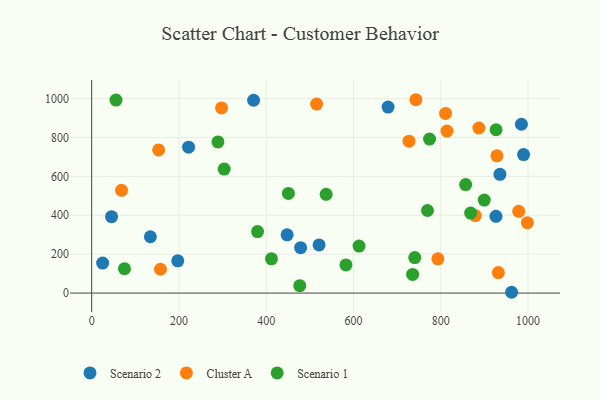
{"axis": {"x": "Investment", "y": "Profit"}, "legend": ["Cluster A", "Scenario 1", "Scenario 2"], "data": [{"x": "962.4", "y": 4.1, "type": "Scenario 2"}, {"x": "984.9", "y": 868.1, "type": "Scenario 2"}, {"x": "197.3", "y": 165.6, "type": "Scenario 2"}, {"x": "989.9", "y": 712.2, "type": "Scenario 2"}, {"x": "134.5", "y": 289.5, "type": "Scenario 2"}, {"x": "45.6", "y": 392.6, "type": "Scenario 2"}, {"x": "25.1", "y": 154.2, "type": "Scenario 2"}, {"x": "935.7", "y": 610.6, "type": "Scenario 2"}, {"x": "371.1", "y": 991.6, "type": "Scenario 2"}, {"x": "448.0", "y": 299.5, "type": "Scenario 2"}, {"x": "679.3", "y": 956.4, "type": "Scenario 2"}, {"x": "222.1", "y": 750.3, "type": "Scenario 2"}, {"x": "521.2", "y": 247.7, "type": "Scenario 2"}, {"x": "926.6", "y": 394.6, "type": "Scenario 2"}, {"x": "478.9", "y": 233.5, "type": "Scenario 2"}, {"x": "811.1", "y": 923.6, "type": "Cluster A"}, {"x": "928.8", "y": 705.7, "type": "Cluster A"}, {"x": "932.1", "y": 105.4, "type": "Cluster A"}, {"x": "887.5", "y": 848.8, "type": "Cluster A"}, {"x": "153.5", "y": 736.2, "type": "Cluster A"}, {"x": "297.7", "y": 951.8, "type": "Cluster A"}, {"x": "978.8", "y": 420.5, "type": "Cluster A"}, {"x": "515.5", "y": 971.8, "type": "Cluster A"}, {"x": "743.1", "y": 994.2, "type": "Cluster A"}, {"x": "879.2", "y": 398.7, "type": "Cluster A"}, {"x": "727.2", "y": 781.3, "type": "Cluster A"}, {"x": "998.6", "y": 362.1, "type": "Cluster A"}, {"x": "814.3", "y": 833.0, "type": "Cluster A"}, {"x": "68.4", "y": 528.3, "type": "Cluster A"}, {"x": "793.5", "y": 176.3, "type": "Cluster A"}, {"x": "157.6", "y": 122.4, "type": "Cluster A"}, {"x": "55.7", "y": 992.2, "type": "Scenario 1"}, {"x": "450.9", "y": 512.2, "type": "Scenario 1"}, {"x": "740.5", "y": 182.7, "type": "Scenario 1"}, {"x": "582.8", "y": 144.8, "type": "Scenario 1"}, {"x": "899.8", "y": 478.0, "type": "Scenario 1"}, {"x": "769.7", "y": 424.6, "type": "Scenario 1"}, {"x": "380.2", "y": 316.2, "type": "Scenario 1"}, {"x": "926.8", "y": 839.8, "type": "Scenario 1"}, {"x": "774.4", "y": 792.0, "type": "Scenario 1"}, {"x": "303.7", "y": 637.7, "type": "Scenario 1"}, {"x": "868.6", "y": 411.2, "type": "Scenario 1"}, {"x": "289.4", "y": 777.3, "type": "Scenario 1"}, {"x": "75.2", "y": 125.2, "type": "Scenario 1"}, {"x": "537.4", "y": 507.6, "type": "Scenario 1"}, {"x": "612.8", "y": 241.5, "type": "Scenario 1"}, {"x": "476.9", "y": 37.9, "type": "Scenario 1"}, {"x": "412.0", "y": 176.1, "type": "Scenario 1"}, {"x": "857.1", "y": 557.8, "type": "Scenario 1"}, {"x": "735.6", "y": 96.0, "type": "Scenario 1"}]}